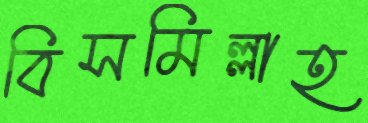
বিসমিল্লাহ